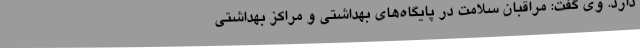
دارد. وی گفت: مراقبان سلامت در پایگاه‌های بهداشتی و مراکز بهداشتی